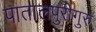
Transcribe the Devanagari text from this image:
पातालपुरीगुरु